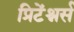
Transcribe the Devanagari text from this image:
प्रिटेंश्नर्स